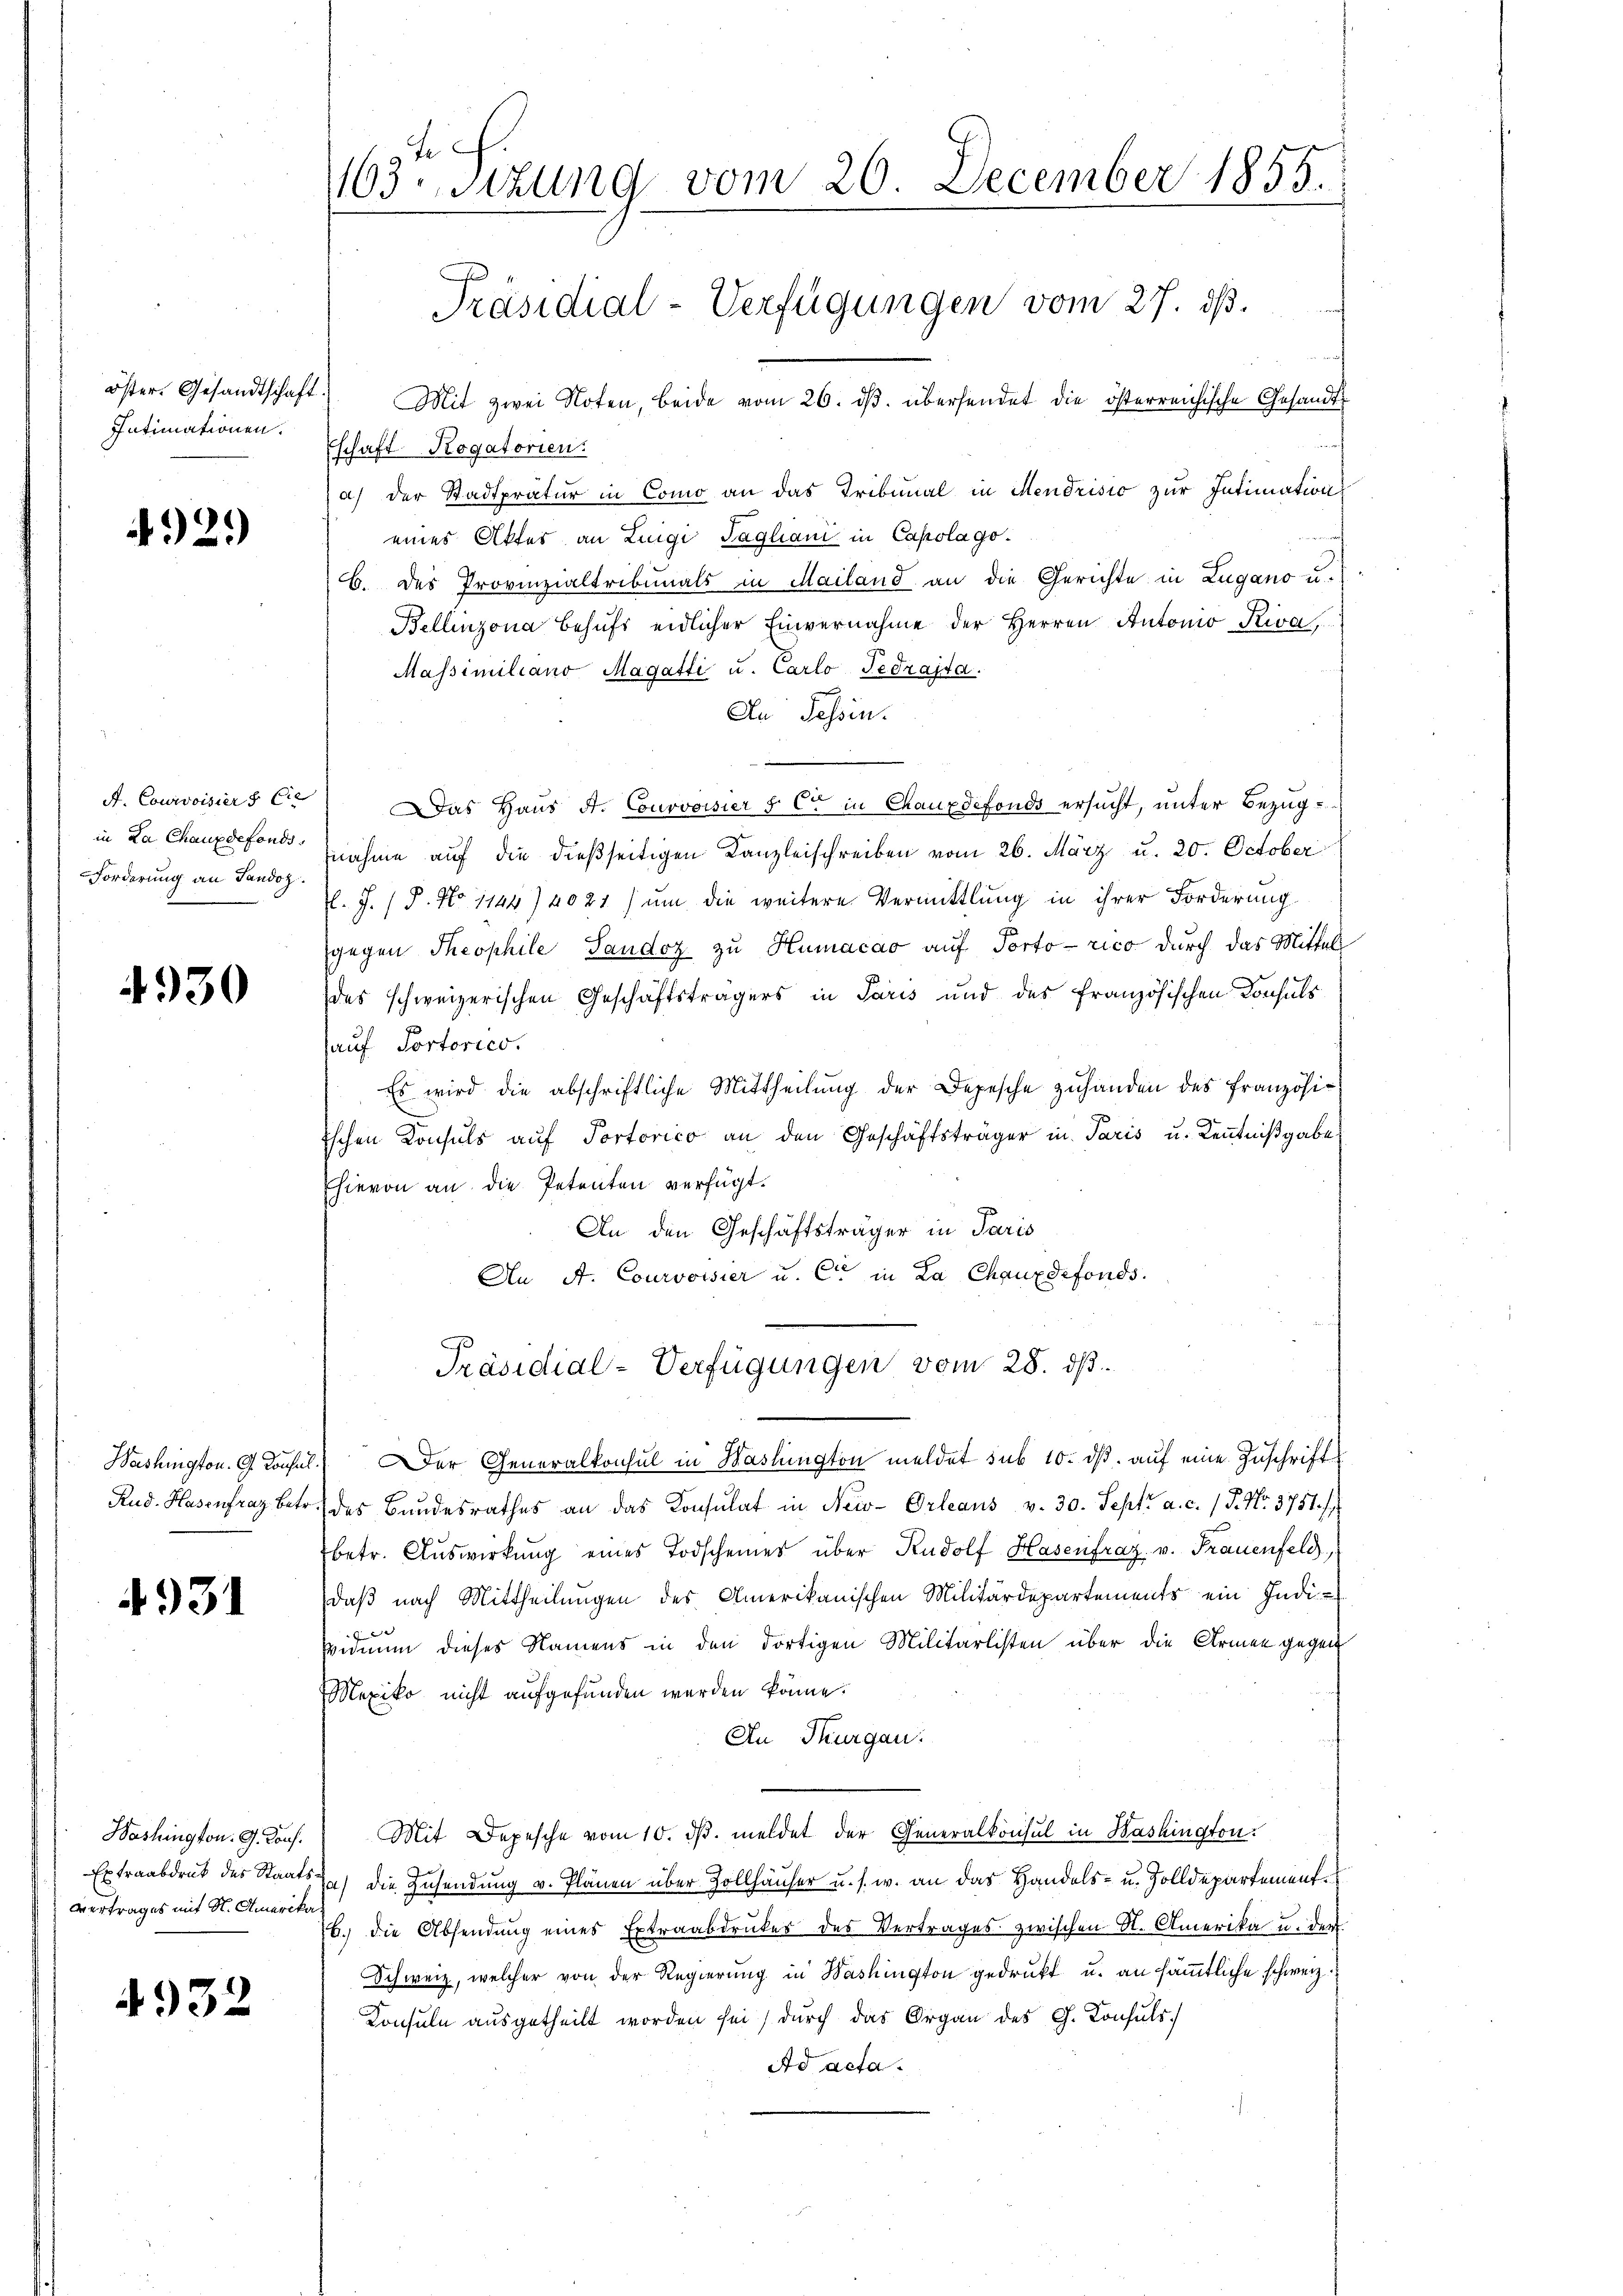
Intimationen.

4929)

in La Chauxdefonds
Forderung an Sandoz.

4930

4931

Washington. G. Kons.
Vertrages mit St. Amerika

4932

lich.
163sizung vom 20. December 1855.
Präsidial-Verfügungen vom 27. ds.

öster. Gesandtschaft. Mit zwei Noten, beide vom 26. dβ. übersendet die österreichische Gesandtschaft Rogatorien.
a) der Stadtpratur in Como an das Tribunal in Mendrisić zur Intimation
eines Aktes an Luigi Tagliani in Capolagob. des Provinzialtribunals in Mailand an die Gerichte in Zugano u.
Bellinzona behŭfs eidlicher Einvernahme der Herren Antonio Kiva,
Massimiliano Magatti u. Carlo Fedrasta.
An Tessin.
n
A. Courvoisiers C. Das Haus St. Courvoisier §. Cet in Chauxdefonds ersucht, unter Bezugnahme auf die dießseitigen Kanzleischreiben vom 26. März u. 20. October
l. J. P. No 1144) 2021) um die weitere Vermittlung in ihrer Forderung
gegen Theophile, Sandoz zŭ Humacao auf Porto rico durch das Mittel
des schweizerischen Geschäftsträgers in Paris und des französischen Konsuls
auf Portorico.
Es wird die abschriftliche Mittheilŭng der Depesche zŭhanden des französiischen Konsuls auf Portorico an den Geschäftsträger in Paris u. Kenntnißgabe
hievon an die Petenten verfügt:
An den Geschäftsträger in Paris
An A. Courvoisier u. Cie in La Chauxdefonds.
Präsidial-Verfügungen vom 28. ds.
Washington. A. Konsul.) Der Generalkonsul in Haslington meldet sub 10. ds. auf eine Zuschrift
Rud. Hasenfraz betr. des Bundesrathes an das Konsulat in New-Orleaus v. 30. Sept. a. c. (T. No. 3751. 7
betr. Auswirkung eines Todscheines über Rudolf Hasenfrag v. Frauenfeld,
daβ nach Mittheilungen des Amerikanischen Militärdepartements ein Indi-

Widmun dieses Namens in den dortigen Militarlisten über die Armen gegen
Mexiko nicht aufgefunden werden könne.
An Thurgau.
Mit Depesche vom 10. ds. meldet der Generalkonsul in Washington
Extraabdruk des Staats die Zusendung v. Plänen über Zollhäuser u. s. w. an das Handels- u. Zolldepartement¬
6. die Absendŭng eines Extraabdruckes des Vertrages zwischen St. Amerika u. der
Schweiz, welcher von der Regierung in Washington gedrukt u. an sämmtliche schweiz.
Konsuln ausgetheilt worden sei, durch das Organ des G. Konsuls.
Ad acta.